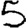
Digit: 5